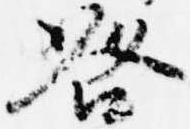
咎